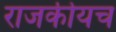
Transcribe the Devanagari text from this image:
राजकीयच